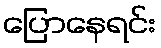
ပြောနေရင်း